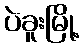
ပဲခူးမြို့